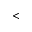
<